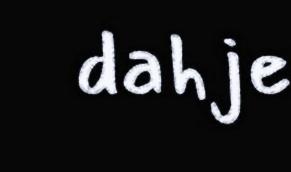
dahje